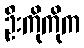
ဦးကိုကိုက